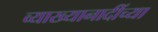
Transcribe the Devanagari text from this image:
व्याख्यानादींच्या